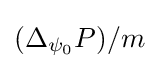
(\Delta _{\psi _{0}}P)/m